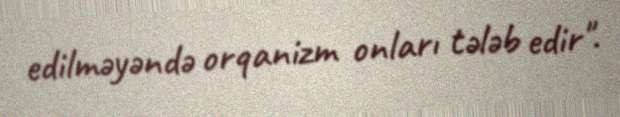
edilməyəndə orqanizm onları tələb edir".